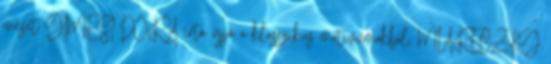
mesét GIMESI DÓRA írta újjá a klasszikus motivumokból, MIARECZKY